Trukikaitis_Postimees, lk 5
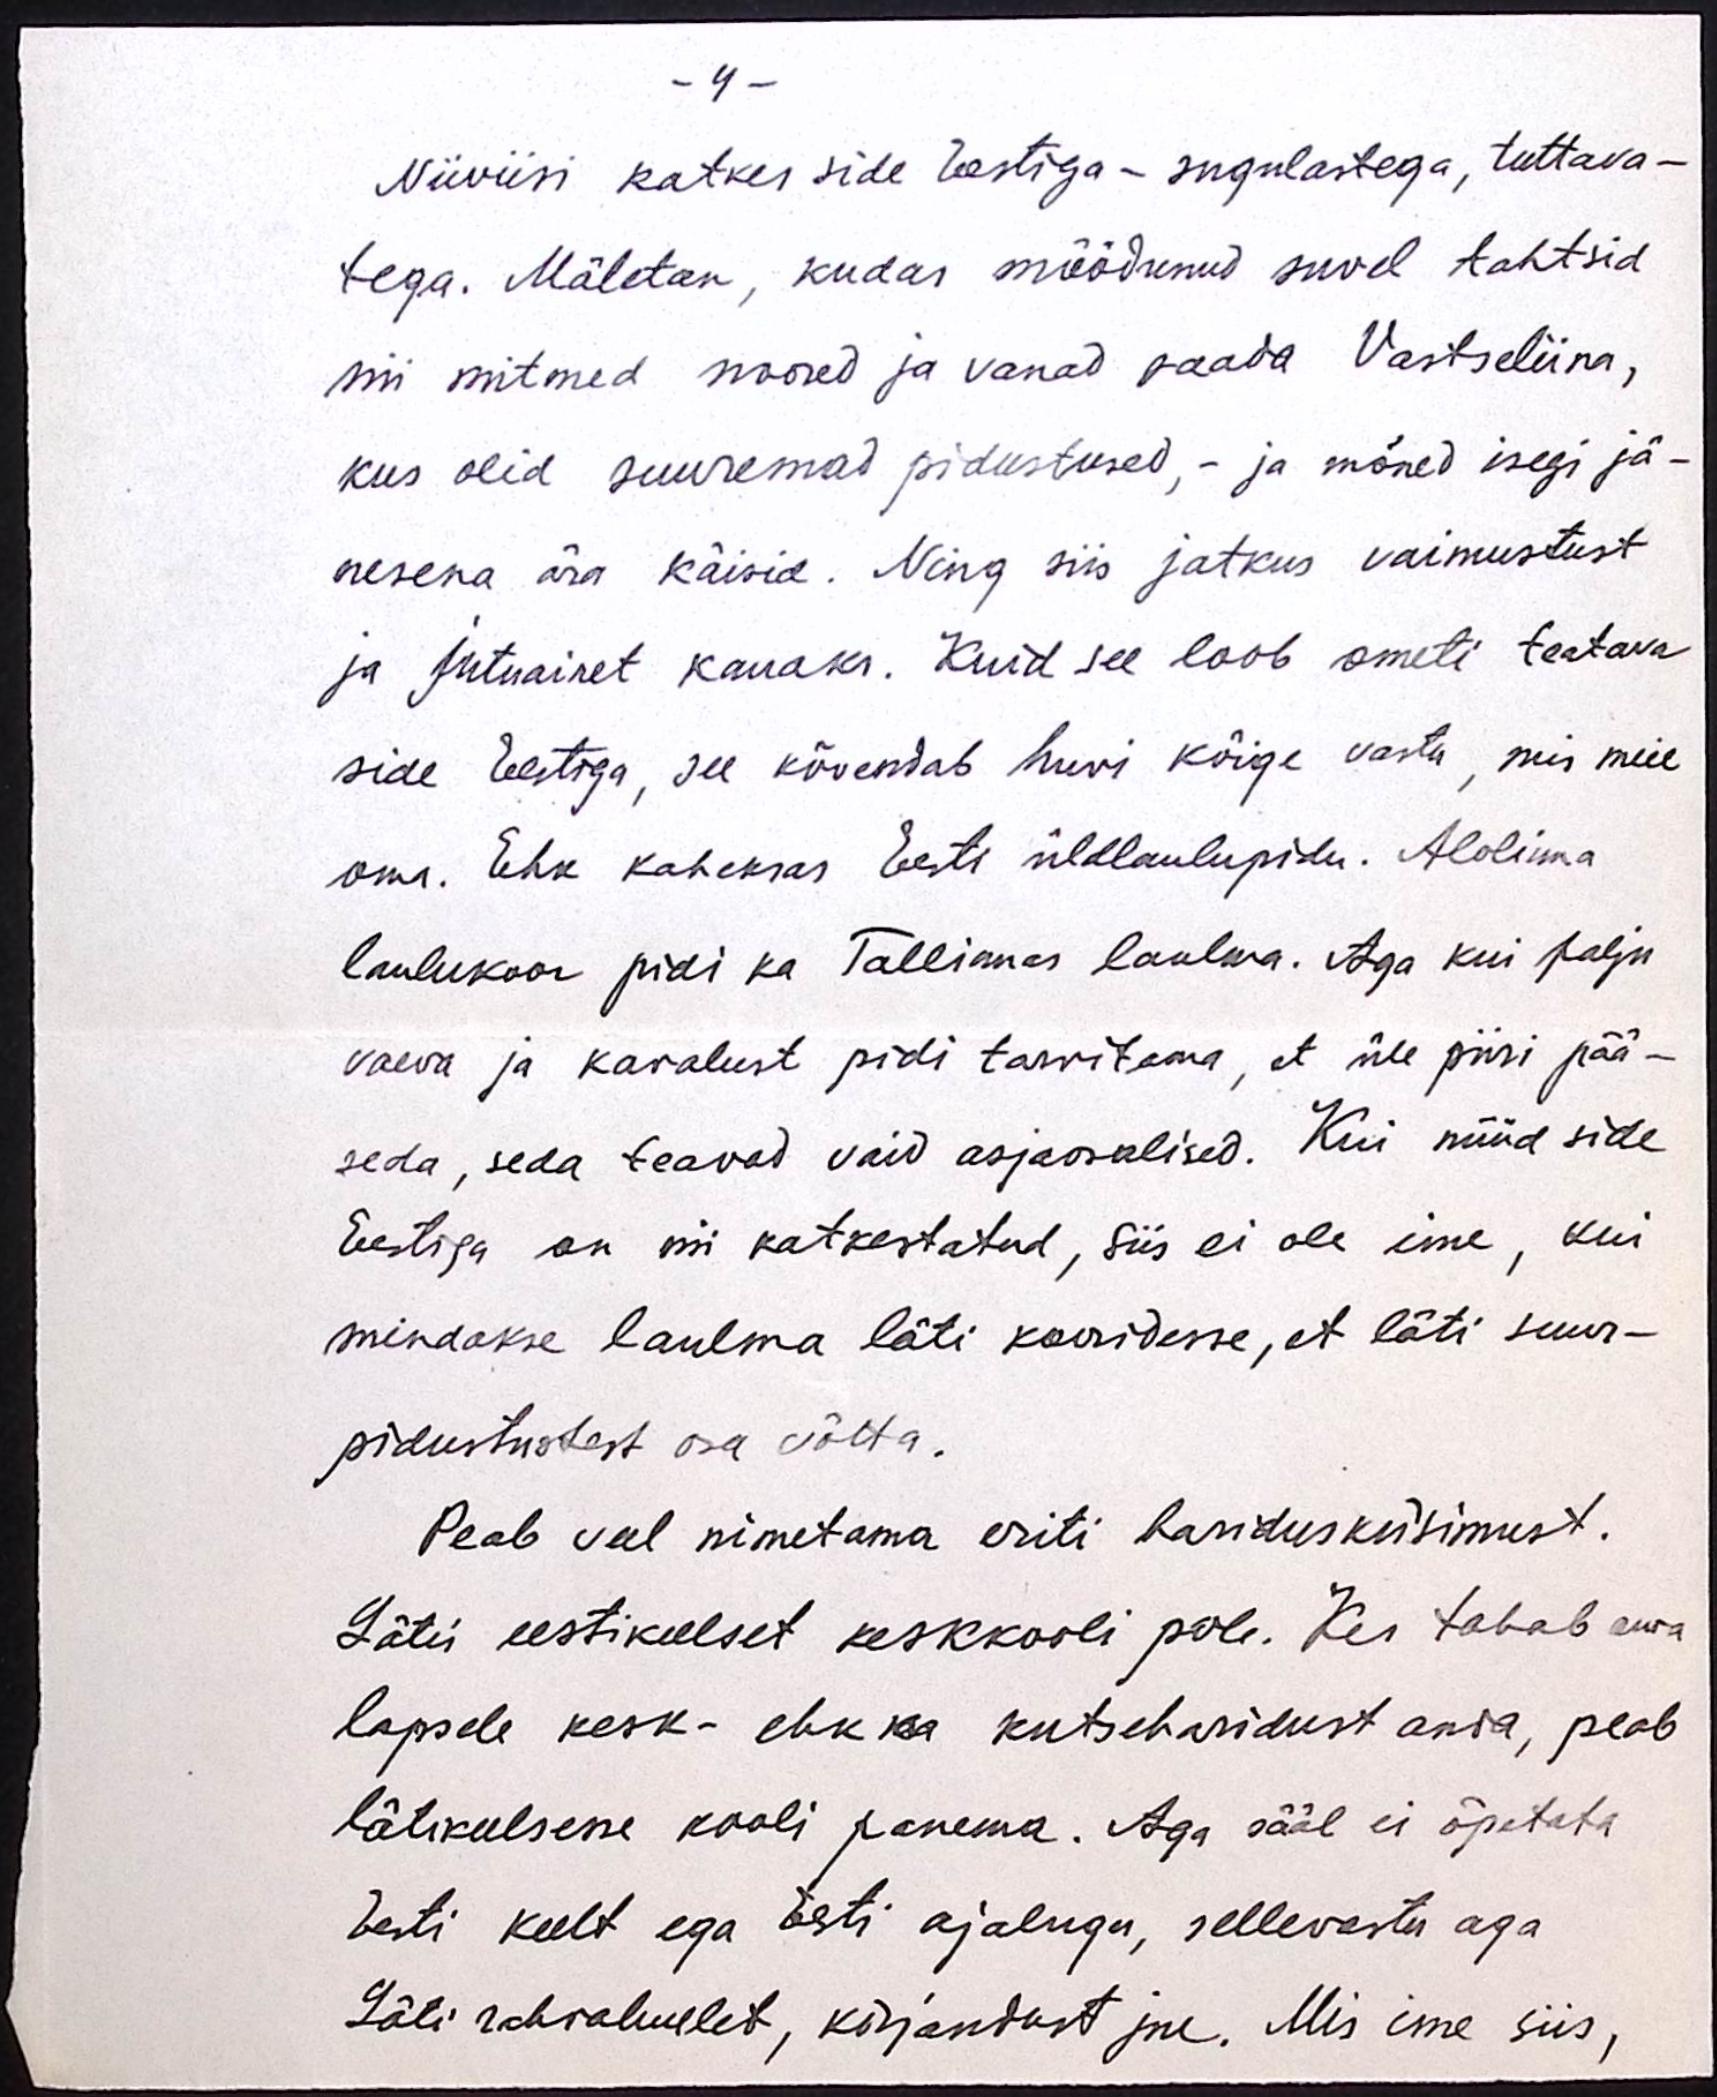
- 4 -
Niiviisi katkes side Eestiga - sugulastega, tuttava-
tega. Mäletan, kudas möödunud suvel tahtsid
nii mitmed noored ja vanad saada Vastseliina,
kus olid suuremad pidustused, - ja mõned isegi jä-
nesena ära käisid. Ning siis jatkus vaimustust
ja jutuainet kauaks. Kuid see loob ometi teatava
side Eestiga, see kõvendab huvi kõige vastu, mis meie
oma. Ehk kaheksas Eesti üldlaulupidu. Alolinna
laulukoor pidi ka Tallinnas laulma. Aga kui palju
vaeva ja kavalust pidi tarvitama, et üle piiri pää-
seda, seda teavad vaid asjaosalised. Kui nüüd side
Eestiga on nii katkestatud, siis ei ole ime, kui
mindakse laulma läti kooridesse, et läti suur-
pidustustest osa võtta.
Peab veel nimetama eriti haridusküsimust.
Lätis eestikeelset keskkooli pole. Kes tahab oma
lapsele kesk- ehk ka kutseharidust anda, peab
lätikeelsesse kooli panema. Aga sääl ei õpetata
Eesti keelt ega Eesti ajalugu, sellevastu aga
Läti rahvaluulet, kirjandust jne. Mis ime siis,